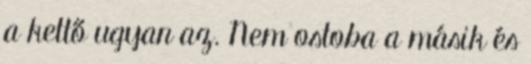
a kettő ugyan az. Nem ostoba a másik és